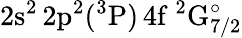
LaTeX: \mathrm{2s^{2}\, 2p^{2}(^{3}P)\, 4f~^{2}G_{7/2}^{\circ}}